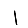
Digit: 1